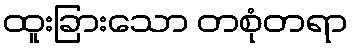
ထူးခြားသော တစုံတရာ